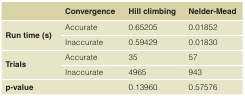
<table><thead><tr><td></td><td><b>Convergence</b></td><td><b>Hill climbing</b></td><td><b>Nelder-Mead</b></td></tr></thead><tbody><tr><td rowspan="2"><b>Run time (s)</b></td><td>Accurate</td><td>0.65205</td><td>0.01852</td></tr><tr><td>Inaccurate</td><td>0.59429</td><td>0.01830</td></tr><tr><td rowspan="2"><b>Trials</b></td><td>Accurate</td><td>35</td><td>57</td></tr><tr><td>Inaccurate</td><td>4965</td><td>943</td></tr><tr><td><b>p-value</b></td><td></td><td>0.13960</td><td>0.57576</td></tr></tbody></table>